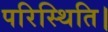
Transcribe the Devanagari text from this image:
परिस्थिति।